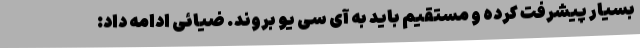
بسیار پیشرفت کرده و مستقیم باید به آی سی یو بروند. ضیائی ادامه داد: